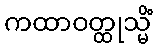
ကထာဝတ္ထုသ္မိံ